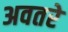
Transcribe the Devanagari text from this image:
अवतरे